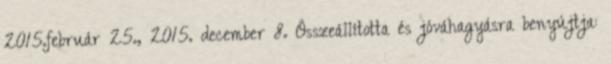
2015.február 25., 2015. december 8. Összeállította és jóváhagyásra benyújtja: